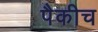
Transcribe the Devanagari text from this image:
पैकीच